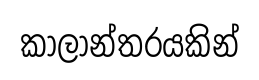
කාලාන්තරයකින්